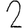
Digit: 2